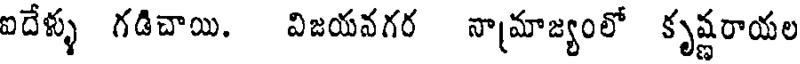
ఐదేళ్ళు గడిచాయి. విజయవగర నామాజ్యంలో కృష్ణరాయల